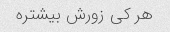
هر کی زورش بیشتره